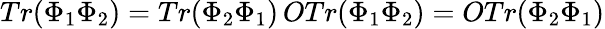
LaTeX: Tr(\Phi_{1}\Phi_{2})=Tr(\Phi_{2}\Phi_{1})\, OTr(\Phi_{1}\Phi_{2})=OTr(\Phi_{2}\Phi_{1})